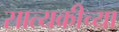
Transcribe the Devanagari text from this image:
सात्यकीच्या